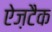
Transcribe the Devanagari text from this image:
ऐज़टैक